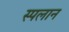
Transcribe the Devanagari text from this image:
स्पलान